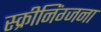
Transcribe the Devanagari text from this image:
स्क्रीनिंग्जना